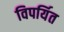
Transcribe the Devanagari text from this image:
विपर्यित